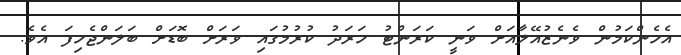
އެހެންކަމުން ވެނެޒުއޭލާއަށް ވަނީ ކަރަންޓު ހަރަދު ކުރުމުގައި ވަރަށް ބޮޑަށް ބަލަންޖެހިފަ އެވެ.